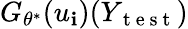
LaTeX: G_{\theta^{*}}(u_{\mathbf{i}})(Y_{\mathrm{{~t~e~s~t~}}})